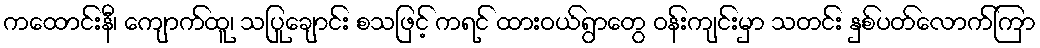
ကထောင်းနီ၊ ကျောက်ထူ၊ သပြုချောင်း စသဖြင့် ကရင် ထားဝယ်ရွာတွေ ဝန်းကျင်းမှာ သတင်း နှစ်ပတ်လောက်ကြာ